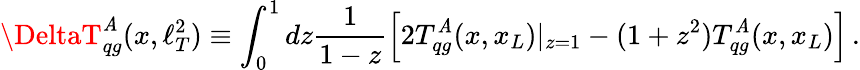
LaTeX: \DeltaT_{qg}^{\mathit{A}}(x,\ell_{T}^{2})\equiv\int_{0}^{1}dz\frac{{1}}{{1-z}}\left[2T_{qg}^{\mathit{A}}(x,x_{L})|_{z=1}-(1+z^{2})T_{qg}^{\mathit{A}}(x,x_{L})\right]\, .